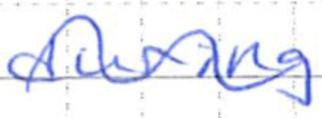
Text: during
Cross-out: wave
Writing tool: ballpoint